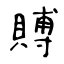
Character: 賻